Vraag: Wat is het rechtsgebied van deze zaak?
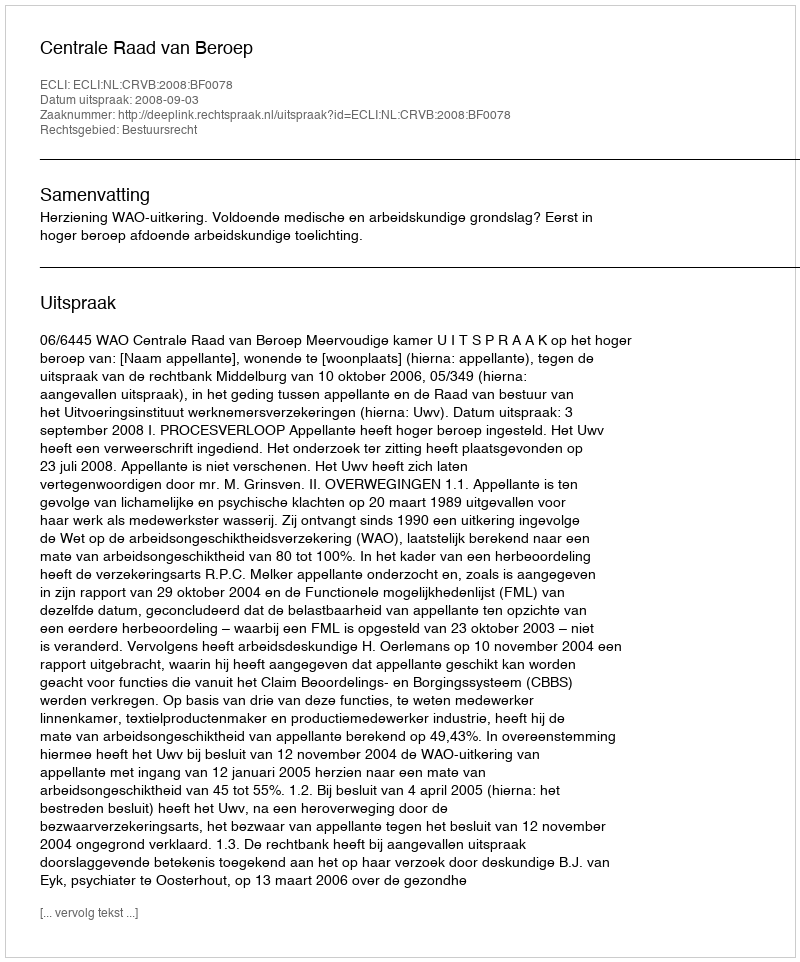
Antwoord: Bestuursrecht